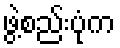
ဖွဲ့စည်းပုံက